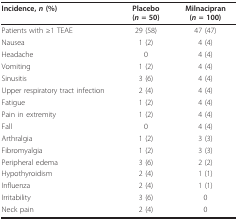
| Incidence, n (%) | Placebo (n = 50) | Milnacipran (n = 100) |
 | --- | --- | --- |
 | Patients with ≥1 TEAE | 29 (58) | 47 (47) |
 | Nausea | 1 (2) | 4 (4) |
 | Headache | 0 | 4 (4) |
 | Vomiting | 1 (2) | 4 (4) |
 | Sinusitis | 3 (6) | 4 (4) |
 | Upper respiratory tract infection | 2 (4) | 4 (4) |
 | Fatigue | 1 (2) | 4 (4) |
 | Pain in extremity | 1 (2) | 4 (4) |
 | Fall | 0 | 4 (4) |
 | Arthralgia | 1 (2) | 3 (3) |
 | Fibromyalgia | 1 (2) | 3 (3) |
 | Peripheral edema | 3 (6) | 2 (2) |
 | Hypothyroidism | 2 (4) | 1 (1) |
 | Influenza | 2 (4) | 1 (1) |
 | Irritability | 3 (6) | 0 |
 | Neck pain | 2 (4) | 0 |